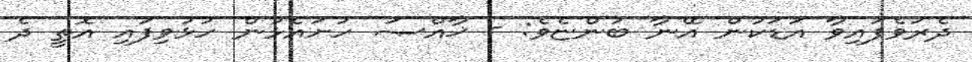
ދެރަވެފައިވާ އަޑަކުން އޭނާ ބުންޏެވެ: - ޚާއްޞަ ހުށައެޅުން ހުޅުވިފައި އޮތީ ދެ